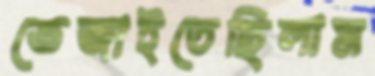
ভেজাইতেছিলাম